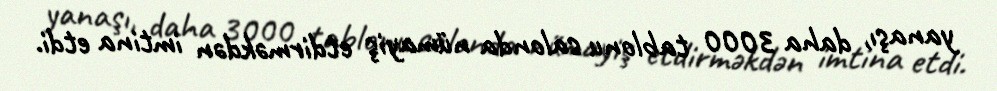
yanaşı, daha 3000 tablonu salonda nümayiş etdirməkdən imtina etdi.